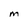
Character: M